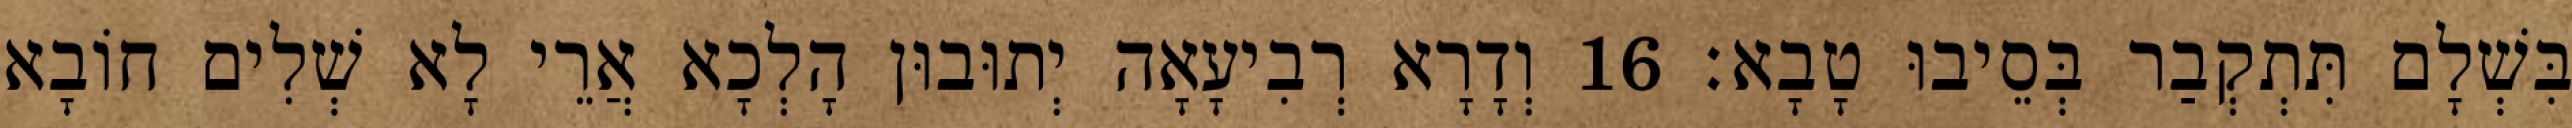
בִּשְׁלָם תִּתְקְבַר בְּסֵיבוּ טָבָא׃ 16 וְדָרָא רְבִיעָאָה יְתוּבוּן הָלְכָא אֲרֵי לָא שְׁלִים חוֹבָא